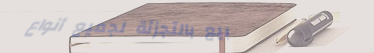
بيع بالتجزئة لجميع أنواع